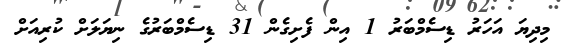
މިދިޔަ އަހަރު ޑިސެމްބަރު 1 އިން ފެށިގެން 31 ޑިސެމްބަރުގެ ނިޔަލަށް ކުރިއަށް